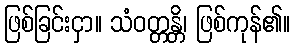
ဖြစ်ခြင်းငှာ။ သံဝတ္တန္တိ၊ ဖြစ်ကုန်၏။